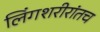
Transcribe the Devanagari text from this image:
लिंगशरीरांतच